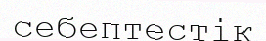
себептестік